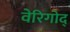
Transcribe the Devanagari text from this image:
वेरिगोद्